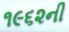
૧૯૬૨ની